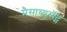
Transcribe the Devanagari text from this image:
मैसाच्यूसॅट्स